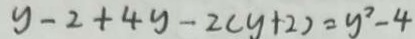
y - 2 + 4 y - 2 ( y + 2 ) = y ^ { 2 } - 4